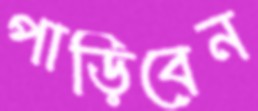
পাড়িবেন